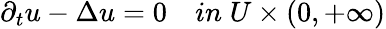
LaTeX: \begin{array}{r}{\partial_{t}u-\Delta u=0\quad in\; U\times(0,+\infty)}\end{array}